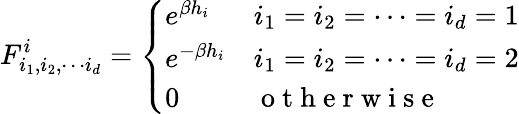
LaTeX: F_{i_{1},i_{2},\cdots i_{d}}^{i}=\left\{ \begin{array}{ll}{e^{\beta h_{i}}}&{i_{1}=i_{2}=\cdots=i_{d}=1}\\ {e^{-\beta h_{i}}}&{i_{1}=i_{2}=\cdots=i_{d}=2}\\ {0}&{\mathrm{~o~t~h~e~r~w~i~s~e~}}\end{array}\right.